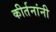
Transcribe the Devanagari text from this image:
कीर्तनांनी